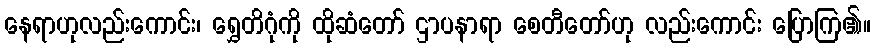
နေရာဟုလည်းကောင်း၊ ရွှေတိဂုံကို ထိုဆံတော် ဌာပနာရာ စေတီတော်ဟု လည်းကောင်း ပြောကြ၏။